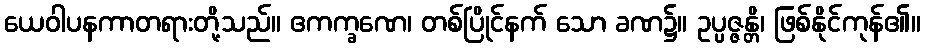
ယေဝါပနကာတရားတို့သည်။ ဧကက္ခဏေ၊ တစ်ပြိုင်နက် သော ခဏ၌။ ဥပ္ပဇ္ဇန္တိ၊ ဖြစ်နိုင်ကုန်၏။